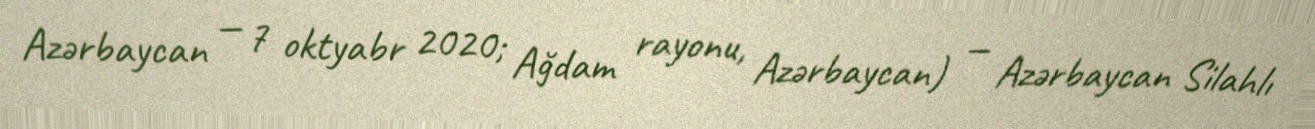
Azərbaycan — 7 oktyabr 2020; Ağdam rayonu, Azərbaycan) — Azərbaycan Silahlı